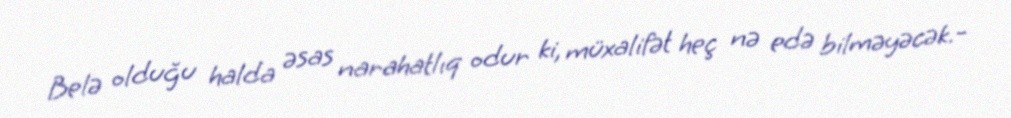
Belə olduğu halda əsas narahatlıq odur ki, müxalifət heç nə edə bilməyəcək.-